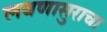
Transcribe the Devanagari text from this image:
लवणासुराचा